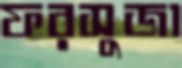
ফরসুজা